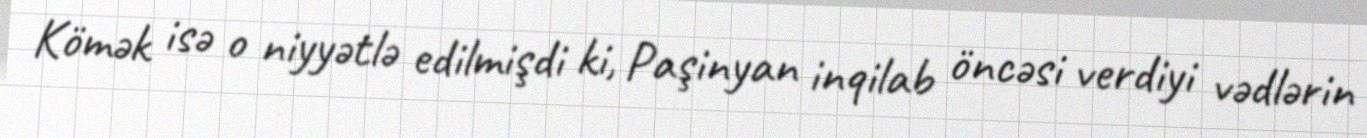
Kömək isə o niyyətlə edilmişdi ki, Paşinyan inqilab öncəsi verdiyi vədlərin